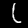
Digit: 1